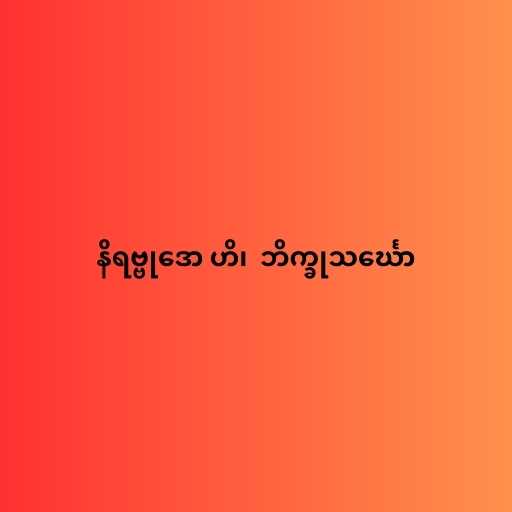
နိရဗ္ဗုဒော ဟိ၊  ဘိက္ခုသင်္ဃော